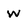
Character: w